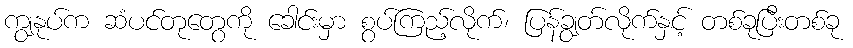
ကျွနုပ်က ဆံပင်တုတွေကို ခေါင်းမှာ စွပ်ကြည့်လိုက်၊ ပြန်ချွတ်လိုက်နှင့် တစ်ခုပြီးတစ်ခု